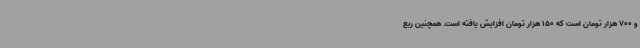
و 700 هزار تومان است که 150 هزار تومان افزایش یافته است. همچنین ربع